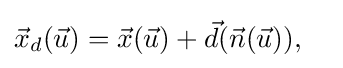
{\vec {x}}_{d}({\vec {u}})={\vec {x}}({\vec {u}})+{\vec {d}}({\vec {n}}({\vec {u}})),\quad